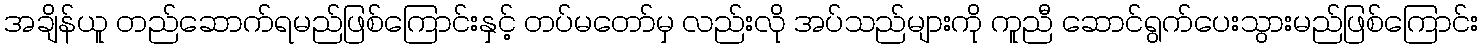
အချိန်ယူ တည်ဆောက်ရမည်ဖြစ်ကြောင်းနှင့် တပ်မတော်မှ လည်းလို အပ်သည်များကို ကူညီ ဆောင်ရွက်ပေးသွားမည်ဖြစ်ကြောင်း